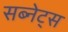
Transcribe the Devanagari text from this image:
सब्नेट्स